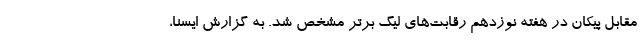
مقابل پیکان در هفته نوزدهم رقابت‌های لیگ برتر مشخص شد. به گزارش ایسنا،